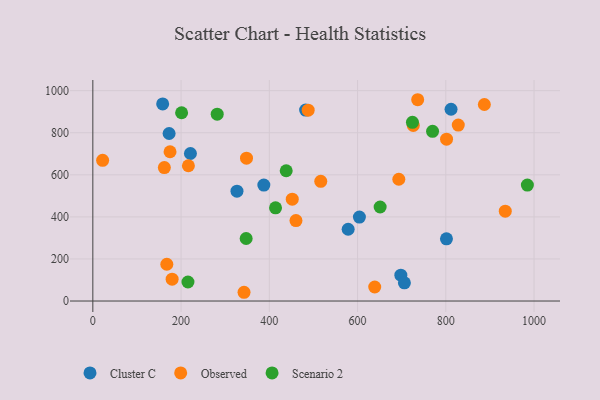
{"axis": {"x": "Ad Spend", "y": "Rating"}, "legend": ["Cluster C", "Observed", "Scenario 2"], "data": [{"x": "158.3", "y": 936.9, "type": "Cluster C"}, {"x": "801.5", "y": 295.6, "type": "Cluster C"}, {"x": "221.2", "y": 701.4, "type": "Cluster C"}, {"x": "387.6", "y": 551.4, "type": "Cluster C"}, {"x": "811.9", "y": 911.8, "type": "Cluster C"}, {"x": "578.7", "y": 341.2, "type": "Cluster C"}, {"x": "604.2", "y": 399.2, "type": "Cluster C"}, {"x": "172.9", "y": 796.5, "type": "Cluster C"}, {"x": "698.1", "y": 123.1, "type": "Cluster C"}, {"x": "706.2", "y": 86.4, "type": "Cluster C"}, {"x": "326.7", "y": 522.3, "type": "Cluster C"}, {"x": "482.3", "y": 907.7, "type": "Cluster C"}, {"x": "828.3", "y": 836.3, "type": "Observed"}, {"x": "736.3", "y": 957.0, "type": "Observed"}, {"x": "887.4", "y": 934.4, "type": "Observed"}, {"x": "488.1", "y": 907.1, "type": "Observed"}, {"x": "801.7", "y": 769.6, "type": "Observed"}, {"x": "934.8", "y": 427.3, "type": "Observed"}, {"x": "693.5", "y": 579.0, "type": "Observed"}, {"x": "726.3", "y": 834.6, "type": "Observed"}, {"x": "452.0", "y": 484.0, "type": "Observed"}, {"x": "460.4", "y": 382.5, "type": "Observed"}, {"x": "179.7", "y": 103.8, "type": "Observed"}, {"x": "167.7", "y": 174.9, "type": "Observed"}, {"x": "22.2", "y": 668.9, "type": "Observed"}, {"x": "516.6", "y": 568.9, "type": "Observed"}, {"x": "348.3", "y": 678.9, "type": "Observed"}, {"x": "638.9", "y": 66.6, "type": "Observed"}, {"x": "216.6", "y": 643.2, "type": "Observed"}, {"x": "175.0", "y": 709.6, "type": "Observed"}, {"x": "342.7", "y": 41.6, "type": "Observed"}, {"x": "162.1", "y": 634.2, "type": "Observed"}, {"x": "724.4", "y": 849.4, "type": "Scenario 2"}, {"x": "201.2", "y": 895.1, "type": "Scenario 2"}, {"x": "281.9", "y": 888.1, "type": "Scenario 2"}, {"x": "215.6", "y": 90.4, "type": "Scenario 2"}, {"x": "770.0", "y": 807.0, "type": "Scenario 2"}, {"x": "438.3", "y": 619.3, "type": "Scenario 2"}, {"x": "414.1", "y": 443.0, "type": "Scenario 2"}, {"x": "651.2", "y": 446.9, "type": "Scenario 2"}, {"x": "347.5", "y": 297.2, "type": "Scenario 2"}, {"x": "984.9", "y": 551.1, "type": "Scenario 2"}]}